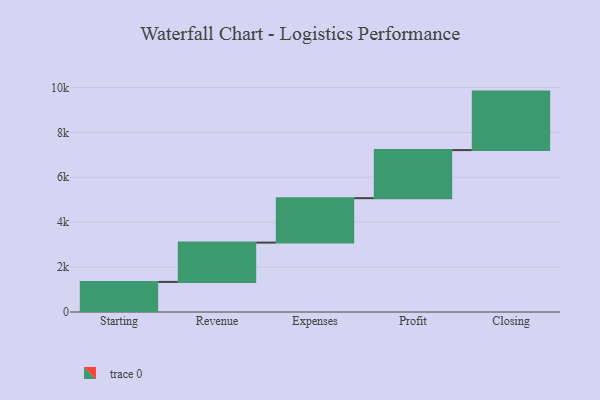
{"axis": {"x": "Step", "y": "Value"}, "legend": [""], "data": [{"x": "Starting", "y": 1340.0, "type": ""}, {"x": "Revenue", "y": 1751.0, "type": ""}, {"x": "Expenses", "y": 1979.0, "type": ""}, {"x": "Profit", "y": 2141.0, "type": ""}, {"x": "Closing", "y": 2605.0, "type": ""}]}